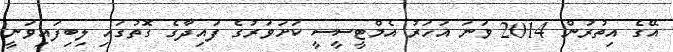
އޭގެ އިތުރުން 2014 ވަނަ އަހަރު އެމްޓީސީސީ ކަށަވަރުގެ ފައިދާގެ ގޮތުގައި ލިބިފައިވަަނީ